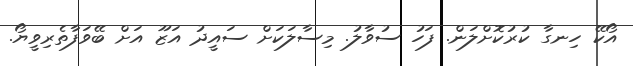
އޯކޭ ހިނގާ ކުރުކޮށްލަން. ފަހު ސުވާލު. މިސާލަކަށް ސައީދު އަޒޫ އަށް ބޭވަފާތެރިވީޔޯ.